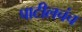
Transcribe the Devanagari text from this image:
पाटीलचंच